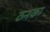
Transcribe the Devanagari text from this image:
ठनका